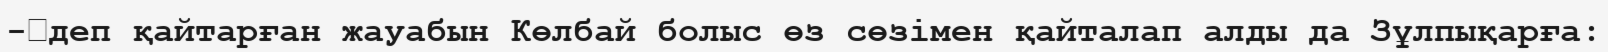
-	деп қайтарған жауабын Көлбай болыс өз сөзімен қайталап алды да Зұлпықарға: